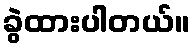
ခွဲထားပါတယ်။